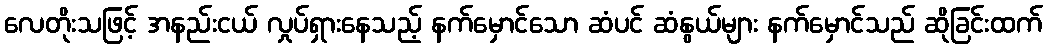
လေတိုးသဖြင့် အနည်းငယ် လှုပ်ရှားနေသည့် နက်မှောင်သော ဆံပင် ဆံနွယ်များ နက်မှောင်သည် ဆိုခြင်းထက်